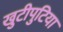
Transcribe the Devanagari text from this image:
खुटीपुटिया